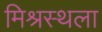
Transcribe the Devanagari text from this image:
मिश्रस्थला